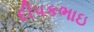
દીપકભાઇ